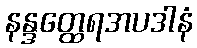
နန္ဒတ္ထေရအပဒါနံ